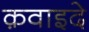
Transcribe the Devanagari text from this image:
क़वाइदे